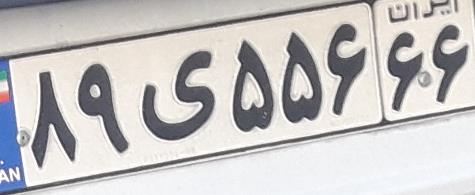
۸۹ی۵۵۶۶۶